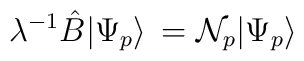
\lambda^{-1}\hat B\big|\Psi_p\big>\,={\cal N}_p\big|\Psi_p\big> \,